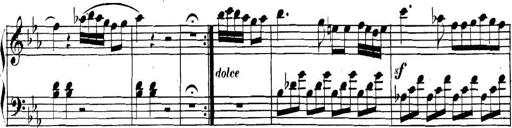
Title: Collected Piano Sonatas
Composer: Muzio Clementi